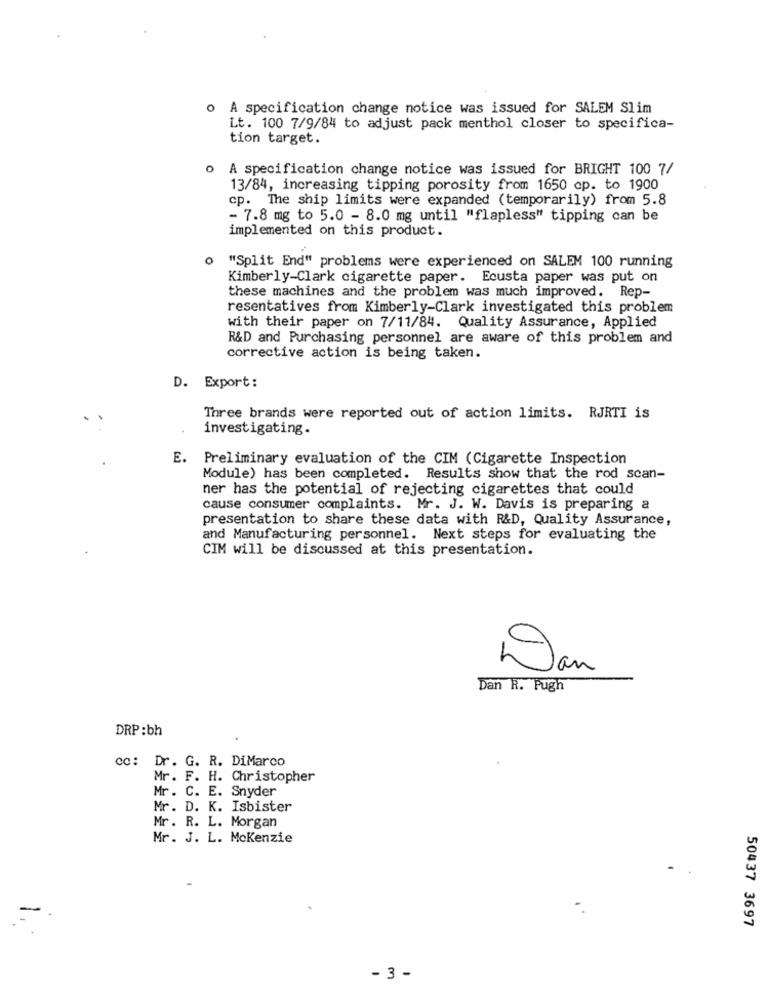
o A specification change notice was issued for SALEM Slim
Lt. 100 7/9/84 to adjust pack menthol closer to specifica-
tion target.
o A specification change notice was issued for BRIGHT 100 7/
13/84, increasing tipping porosity from 1650 cp. to 1900
cp. The ship limits were expanded (temporarily) from 5.8
- 7.8 mg to 5.0 - 8.0 mg until "flapless" tipping can be
implemented on this product.
0
"Split End" problems were experienced on SALEM 100 running
Kimberly-Clark cigarette paper. Ecusta paper was put on
these machines and the problem was much improved. Rep-
resentatives from Kimberly-Clark investigated this problem
with their paper on 7/11/84. Quality Assurance, Applied
R&D and Purchasing personnel are aware of this problem and
corrective action is being taken.
D. Export:
Three brands were reported out of action limits. RJRTI is
investigating.
E. Preliminary evaluation of the CIM (Cigarette Inspection
Module) has been completed. Results show that the rod scan-
ner has the potential of rejecting cigarettes that could
cause consumer complaints. Mr. J. W. Davis is preparing a
presentation to share these data with R&D, Quality Assurance,
and Manufacturing personnel. Next steps for evaluating the
CIM will be discussed at this presentation.
Dan
Dan R. Pugh
DRP:bh
cc: Dr. G. R. DiMarco
Mr. F. H. Christopher
Mr. C. E. Snyder
Mr. D. K. Isbister
Mr. R. L. Morgan
Mr. J. L. Mckenzie
50437 3697
- 3 -